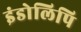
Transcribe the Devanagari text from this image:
इंडोलिपि